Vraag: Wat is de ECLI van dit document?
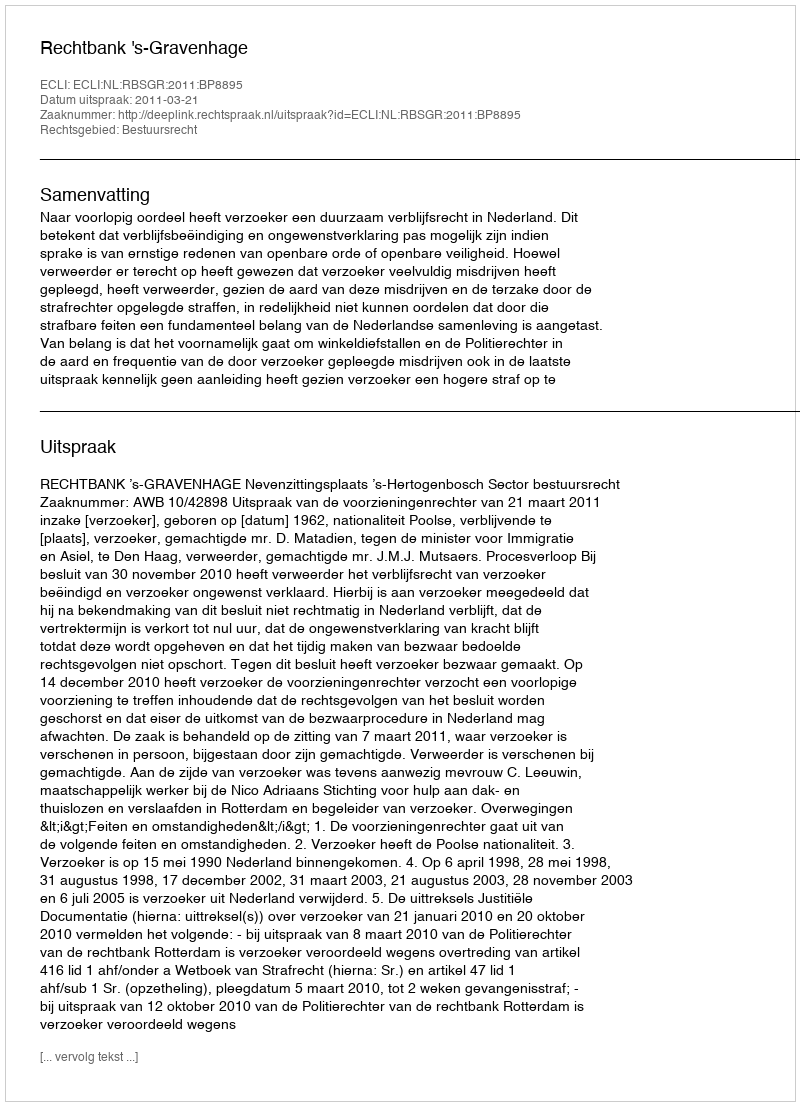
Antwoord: ECLI:NL:RBSGR:2011:BP8895